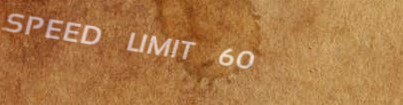
SPEED LIMIT 60